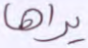
يراها